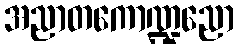
အညာတကောဏ္ဍညော